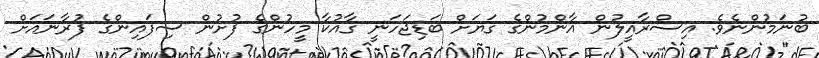
ބުނަމުންނެވެ. އިސްރާއީލުން އާންމުންގެ ގަޔަށް ބަޑިޖަހަނީ ގާއުކާ މީހުންގެ ފުށުން ސިފައިންގެ ފުރާނައަށް